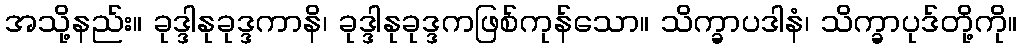
အသို့နည်း။ ခုဒ္ဒါနုခုဒ္ဒကာနိ၊ ခုဒ္ဒါနုခုဒ္ဒကဖြစ်ကုန်သော။ သိက္ခာပဒါနံ၊ သိက္ခာပုဒ်တို့ကို။